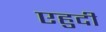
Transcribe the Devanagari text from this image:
एहुदी